画像に写った文字を読んでください
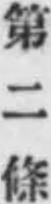
「第二條」と書いてあります